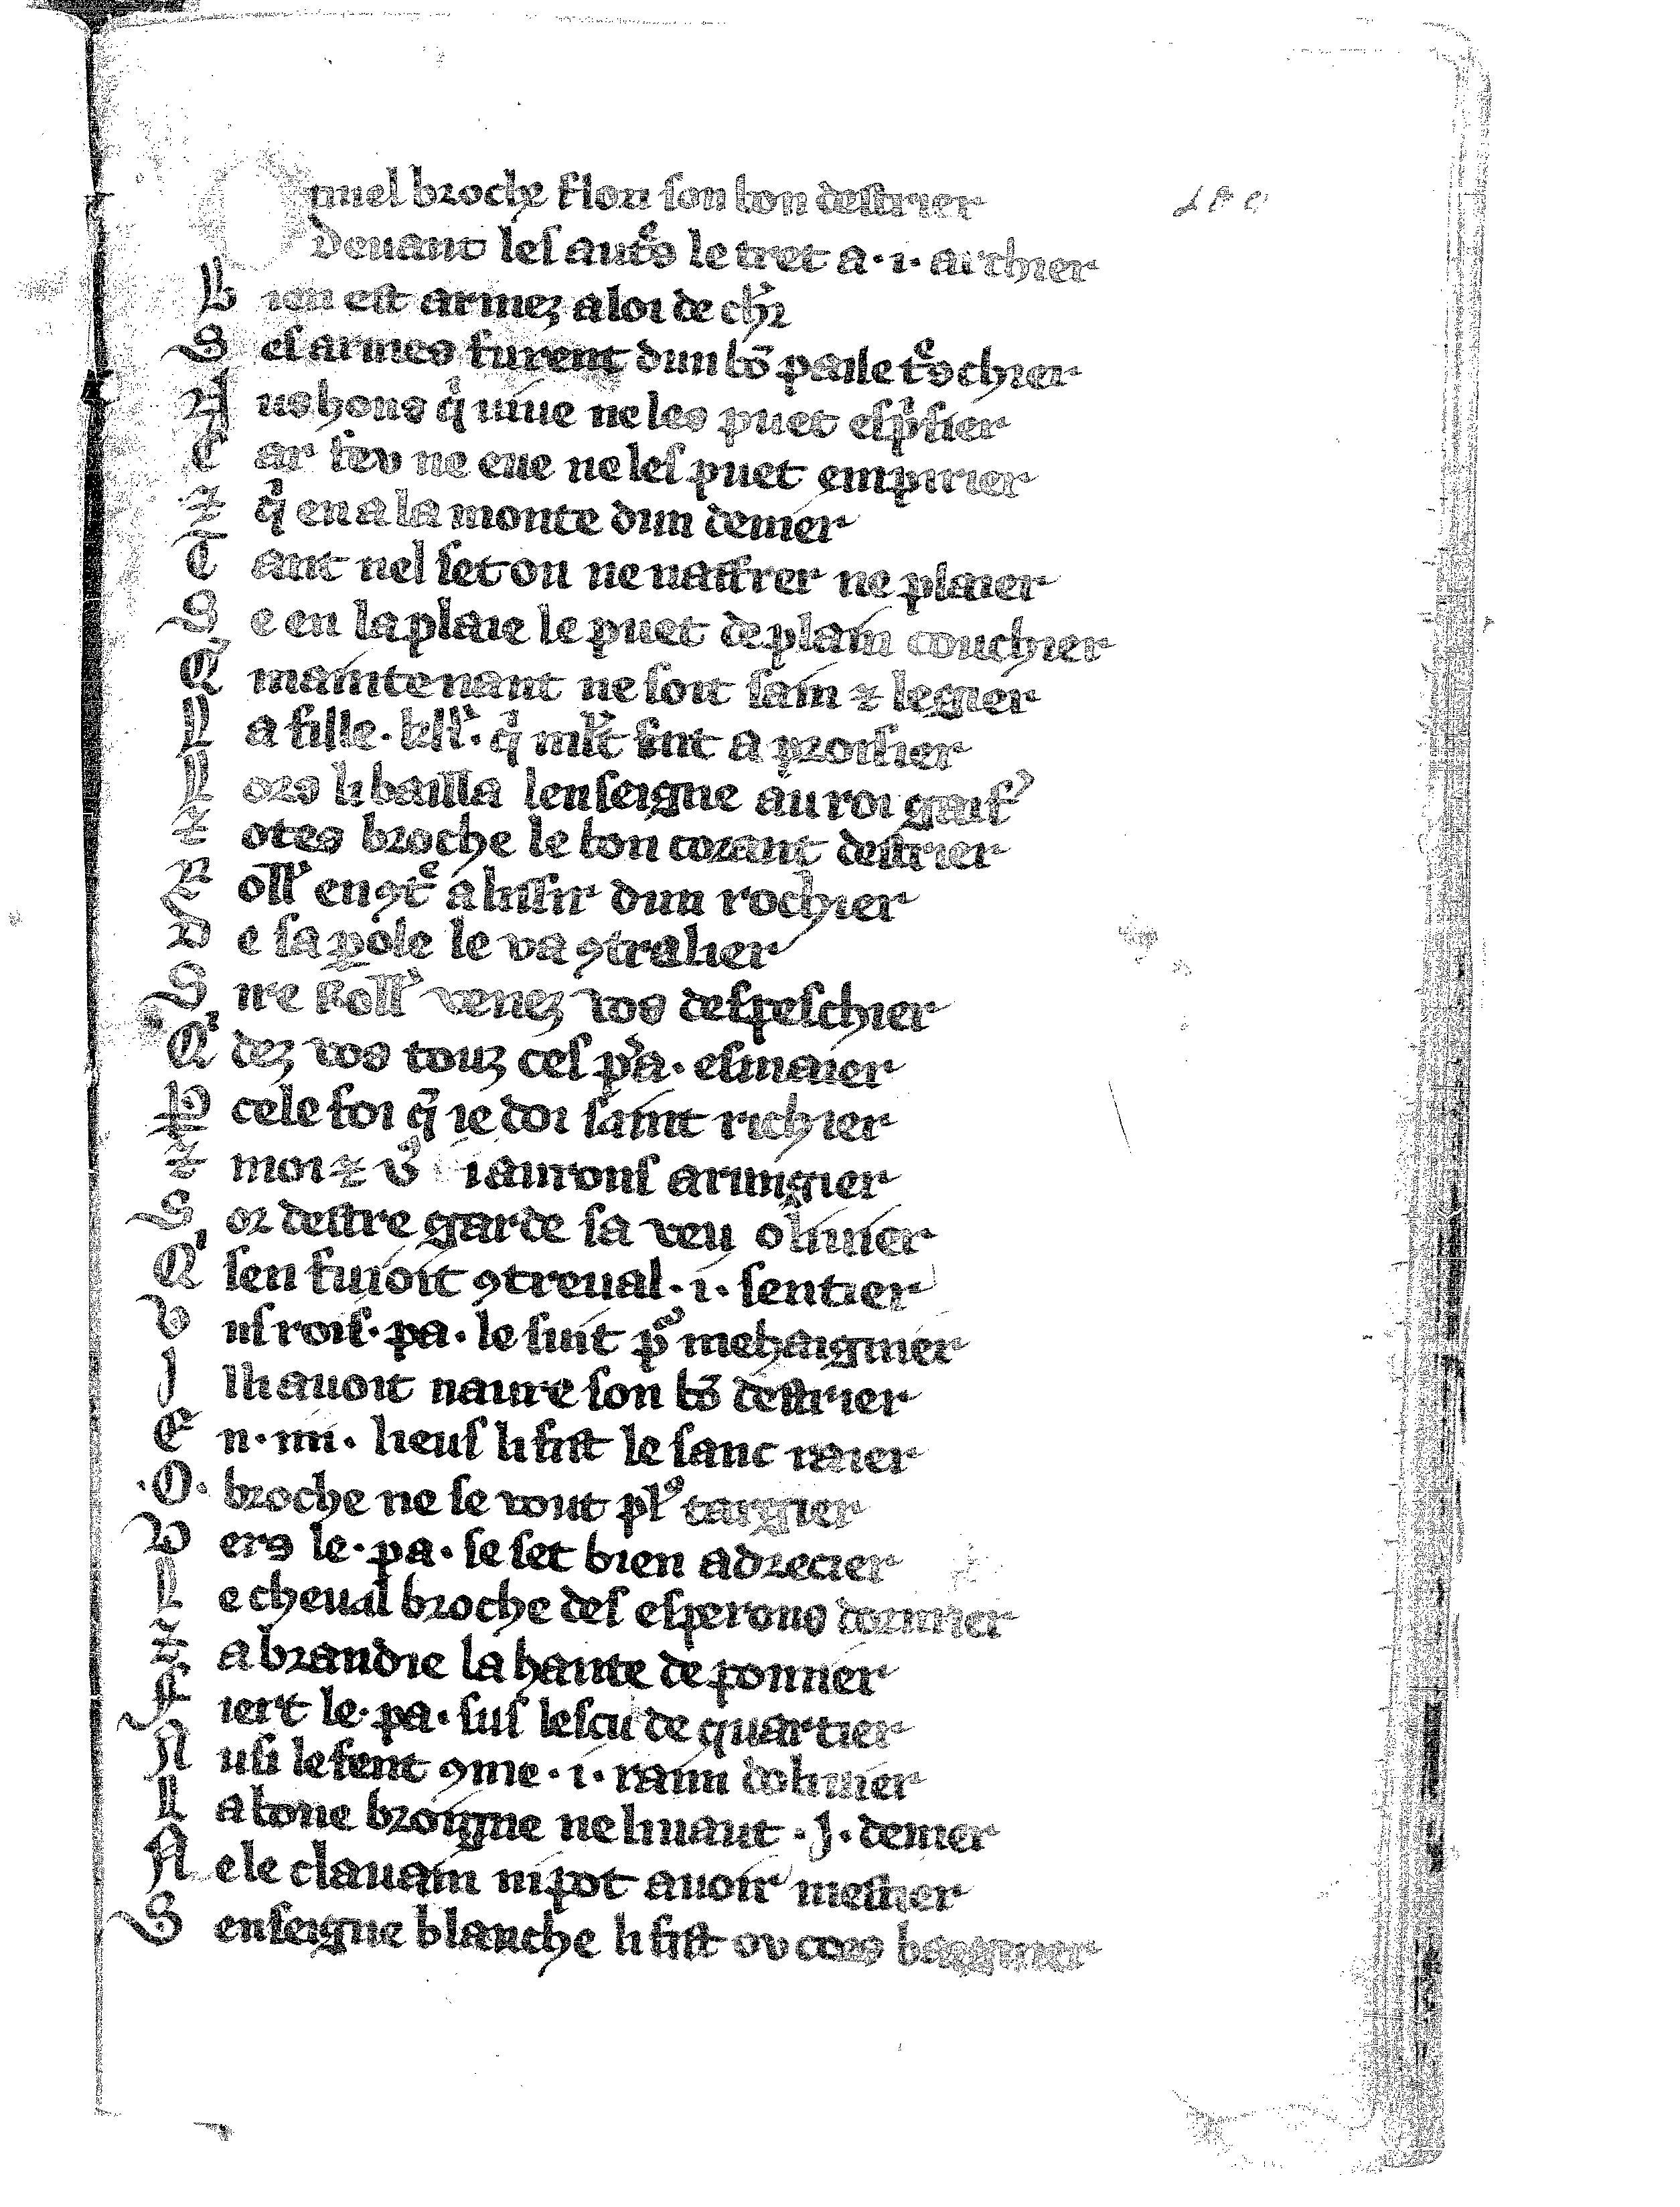
Shelfmark: Vatican, Biblioteca apostolica vaticana, Reg.lat. 1616
Century: 14